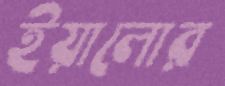
ইয়ালোর